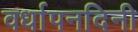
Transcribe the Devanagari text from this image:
वर्धापनदिनी